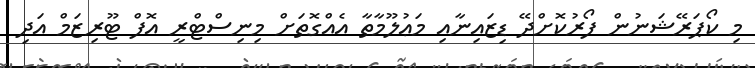
މި ކޯޕަރޭޝަނުން ފޯރުކޮށްދޭ ޑިޒައިނާއި މަޢުލޫމާތާ އެއްގޮތަށް މިނިސްޓްރީ އޮފް ޓޫރިޒަމް އަދި